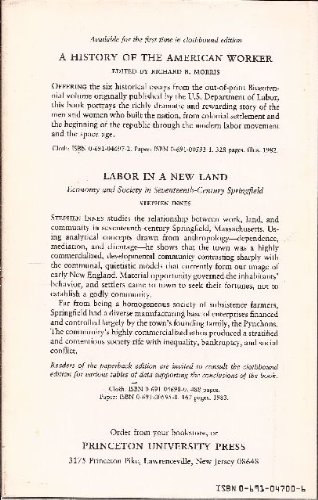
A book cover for Working for the Railroad: The Organization of Work in the Nineteenth Century (Princeton Legacy Library); Walter Licht; Business & Money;